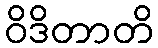
ဝိဒိတာတိ